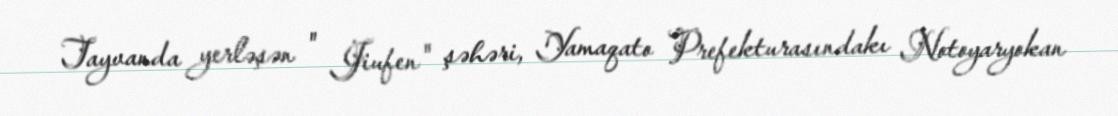
Tayvanda yerləşən " Jiufen" şəhəri, Yamaqato Prefekturasındakı Notoyaryokan